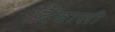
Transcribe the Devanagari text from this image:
दैवासी